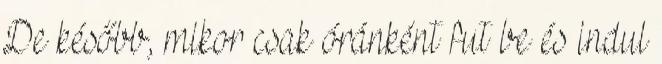
De később, mikor csak óránként fut be és indul